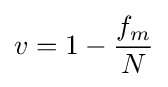
v=1-{\frac {f_{m}}{N}}